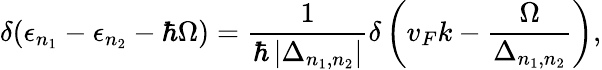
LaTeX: \delta(\epsilon_{n_{1}}-\epsilon_{n_{2}}-\hbar\Omega)=\frac{1}{\hbar\left|\Delta_{n_{1},n_{2}}\right|}\delta\left(v_{F}k-\frac{\Omega}{\Delta_{n_{1},n_{2}}}\right),